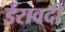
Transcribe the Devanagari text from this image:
ईरावदी